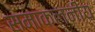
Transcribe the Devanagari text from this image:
समाकलनीय